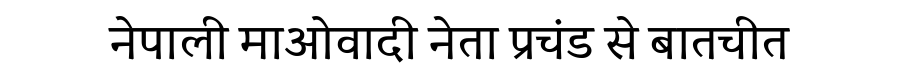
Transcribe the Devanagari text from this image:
नेपाली माओवादी नेता प्रचंड से बातचीत